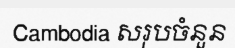
Cambodia សរុបចំនួន